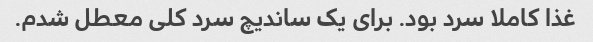
غذا کاملا سرد بود. برای یک ساندیچ سرد کلی معطل شدم.